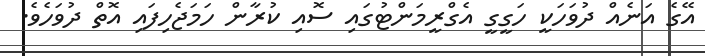
އޭގެ އަނެއް ދުވަހަކީ ހަގީގީ އެގްރީމަންޓުގައި ސޮއި ކުރާން ހަމަޖެހިފައި އޮތް ދުވަހެވެ.